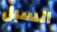
السبل